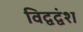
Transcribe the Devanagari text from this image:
विद्वद्वंश